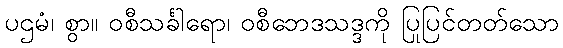
ပဌမံ၊ စွာ။ ဝစီသင်္ခါရော၊ ဝစီဘေဒသဒ္ဒကို ပြုပြင်တတ်သော